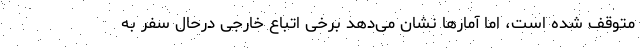
متوقف شده است، اما آمارها نشان می‌دهد برخی اتباع خارجی درحال سفر به